65_HS1-834228961_62-HQ-83894_Section_9
Agency: FBI
Page 26
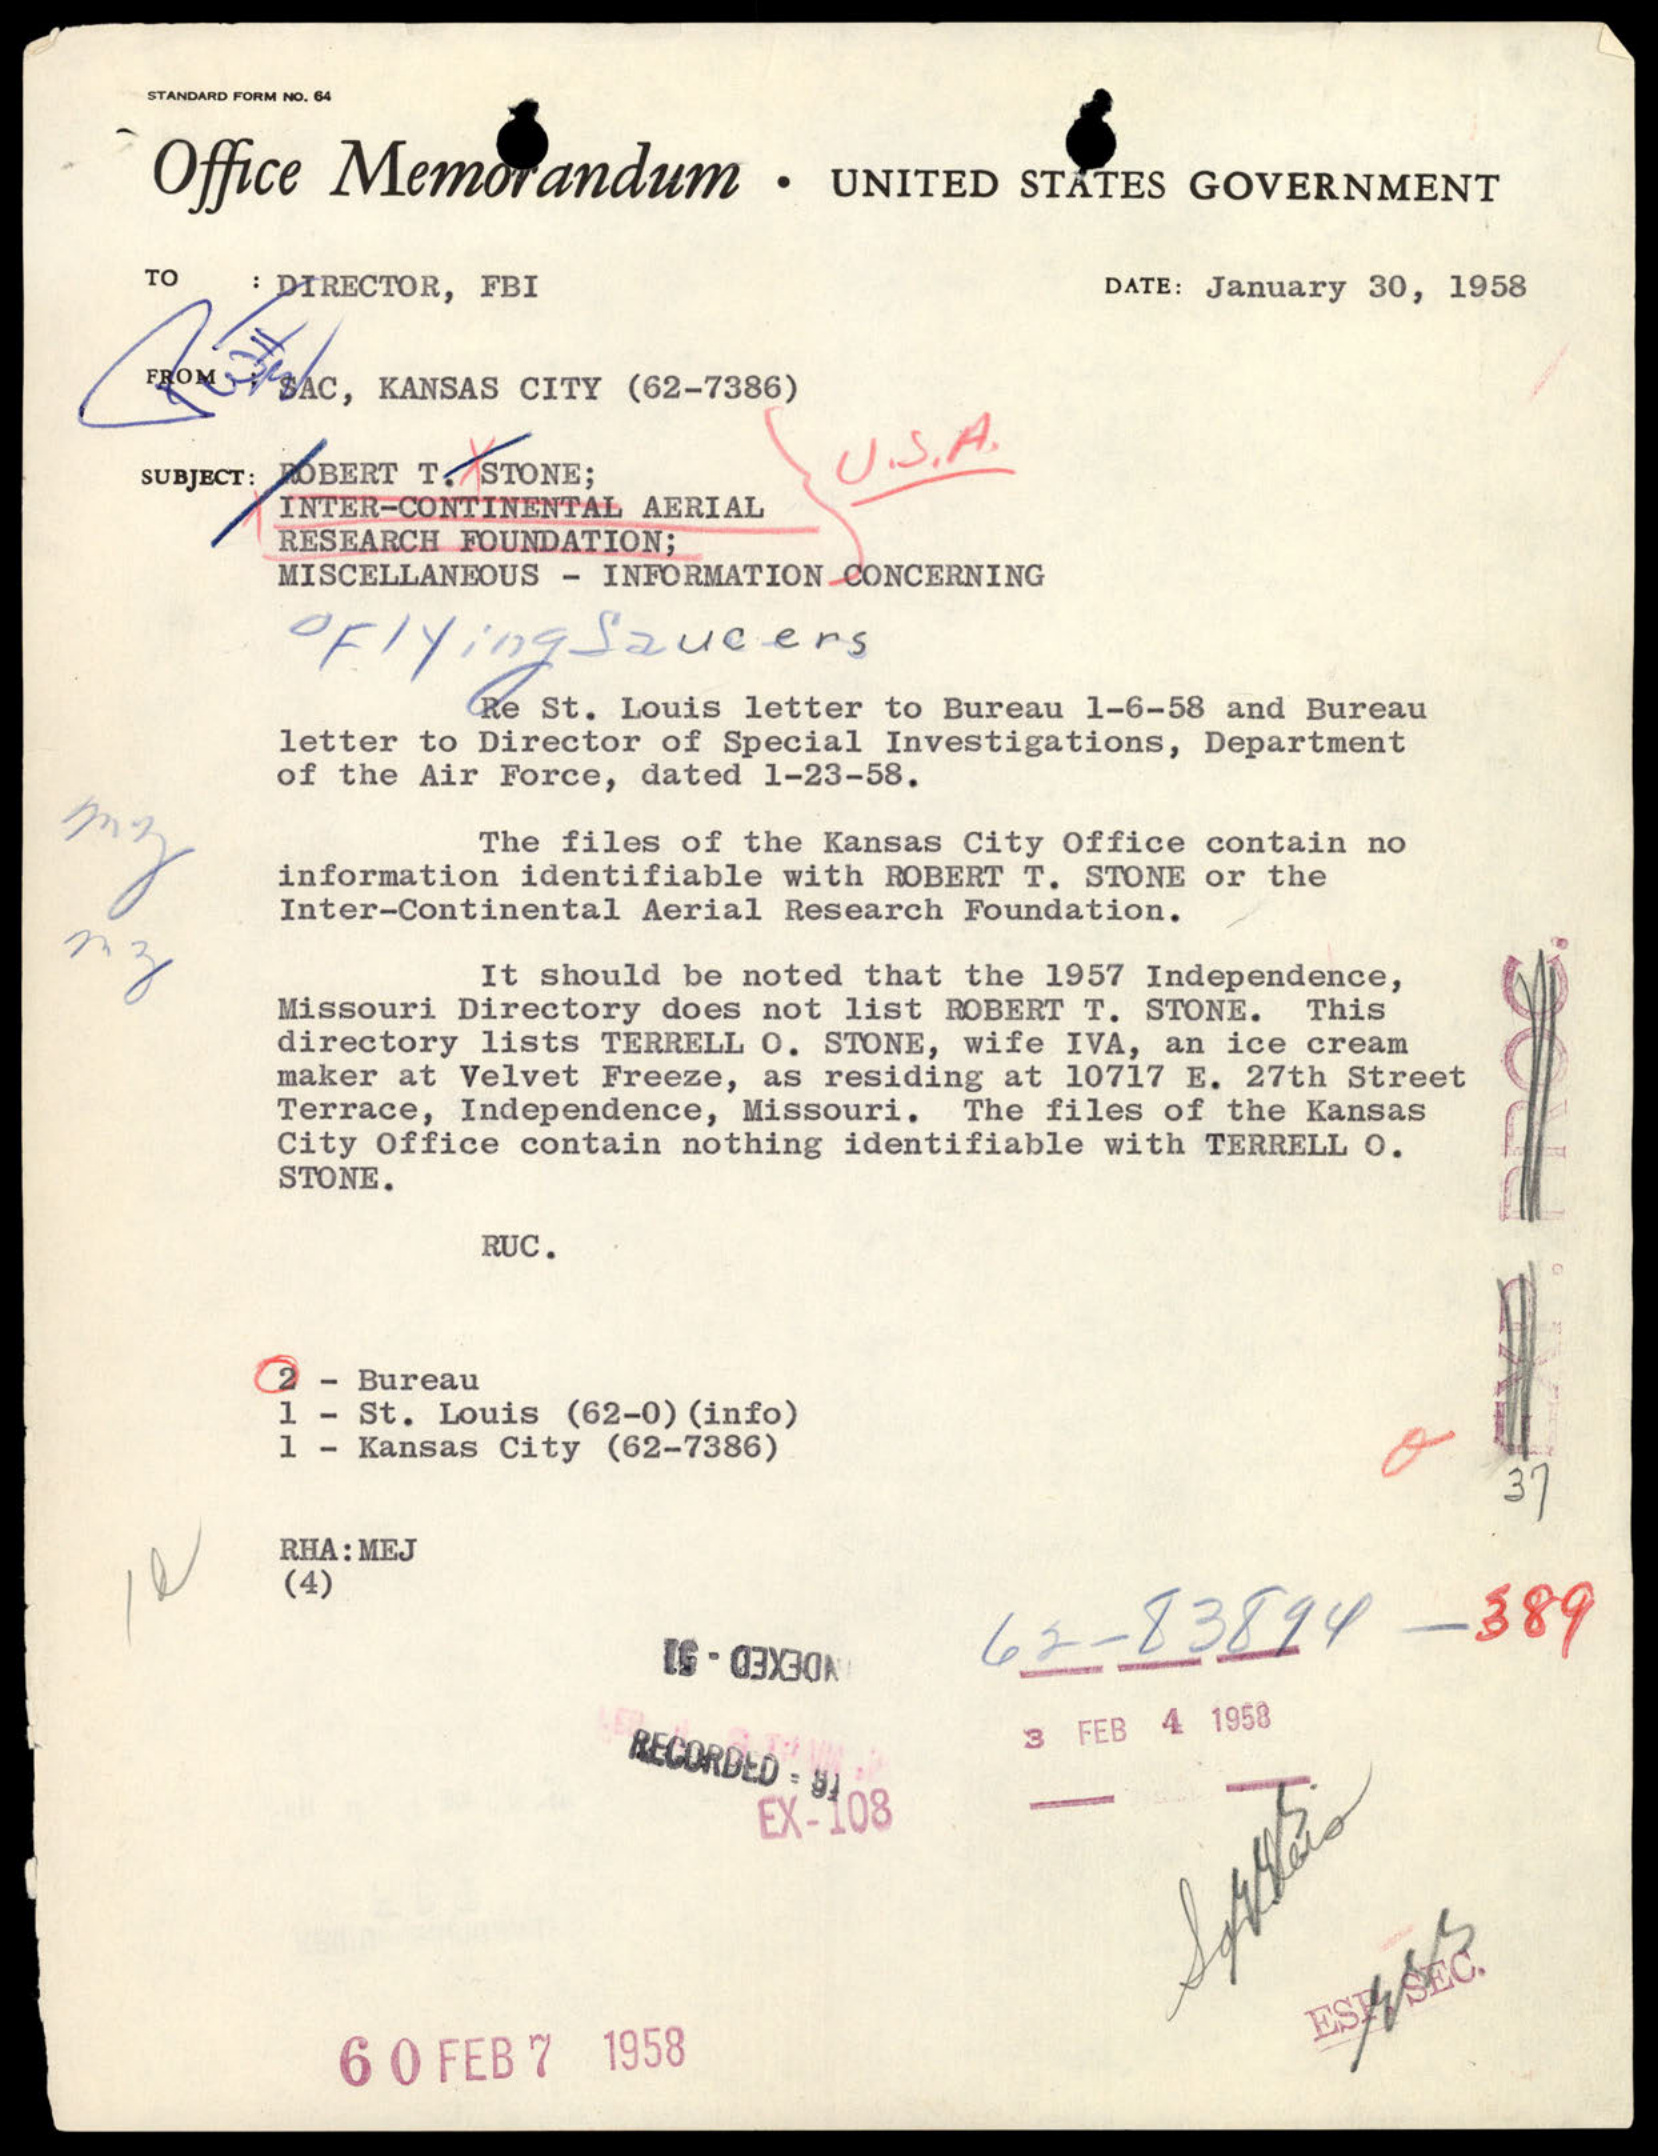